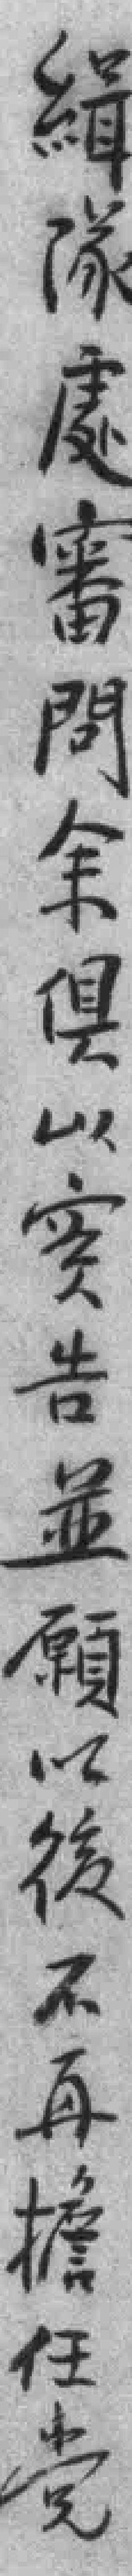
緝隊處審問余俱以寔告並願以後不再檐任党